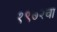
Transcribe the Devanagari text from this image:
१९७२चा